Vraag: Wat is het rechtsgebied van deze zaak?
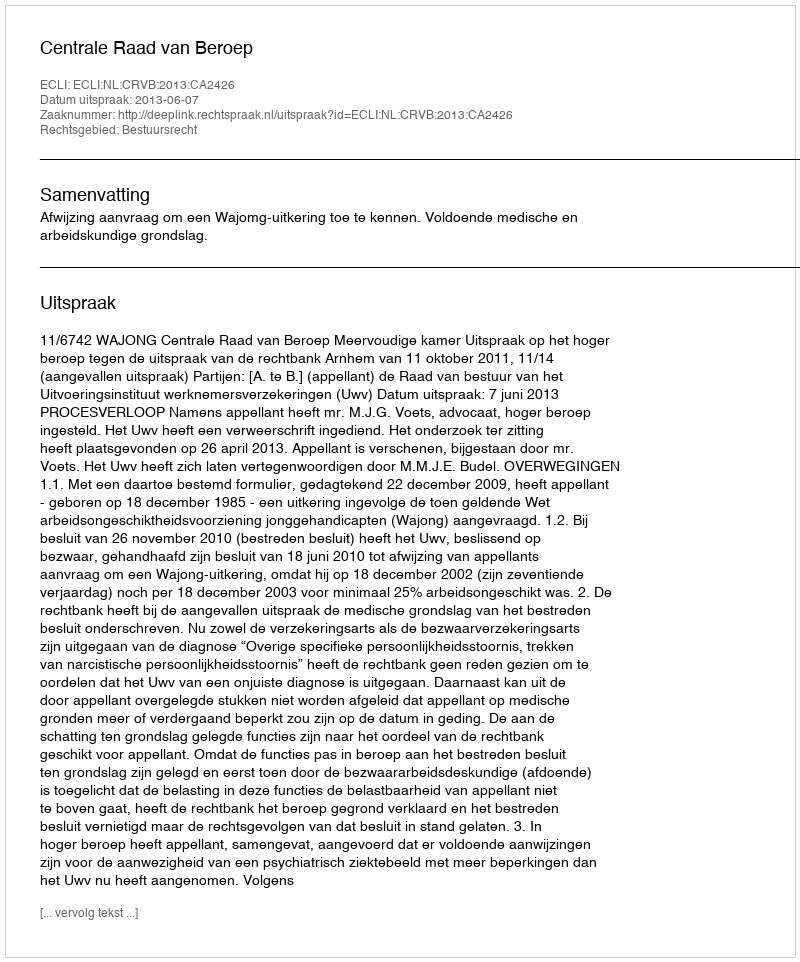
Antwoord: Bestuursrecht